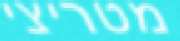
מטריצי